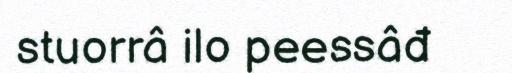
stuorrâ ilo peessâđ